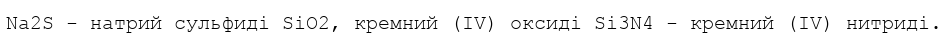
Na2S - натрий сульфиді SiO2, кремний (IV) оксиді Si3N4 - кремний (IV) нитриді.